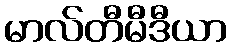
မာလ်တီမီဒီယာ